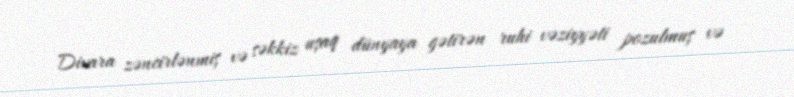
Divara zəncirlənmiş və səkkiz uşaq dünyaya gətirən ruhi vəziyyəti pozulmuş və